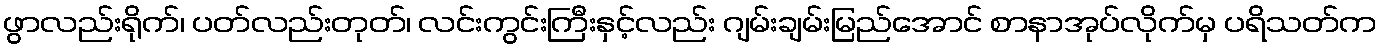
ဖွာလည်းရိုက်၊ ပတ်လည်းတုတ်၊ လင်းကွင်းကြီးနှင့်လည်း ဂျမ်းချမ်းမြည်အောင် စာနာအုပ်လိုက်မှ ပရိသတ်က